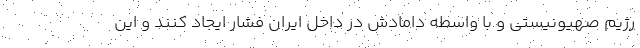
رژیم صهیونیستی و با واسطه دامادش در داخل ایران فشار ایجاد کنند و این